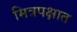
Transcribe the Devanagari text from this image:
मित्रपक्षात